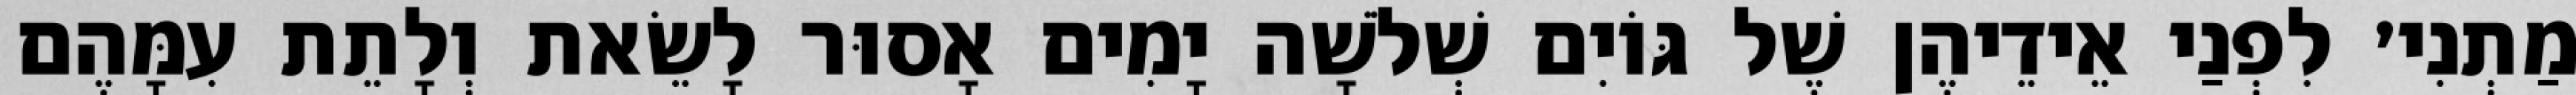
מַתְנִי׳ לִפְנַי אֵידֵיהֶן שֶׁל גּוֹיִם שְׁלֹשָׁה יָמִים אָסוּר לָשֵׂאת וְלָתֵת עִמָּהֶם